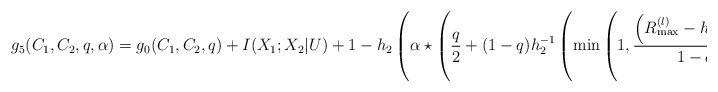
\begin{align*}g_5(C_1,C_2,q,\alpha)&=g_0(C_1,C_2,q)+I(X_1;X_2|U)+1-h_2\left(\alpha\star\left(\frac{q}{2}+(1-q)h_2^{-1}\left(\min\left(1,\frac{\left(R_{\max}^{(l)}-h_2(q)\right)^+}{1-q}\right)\right)\right)\right)\end{align*}